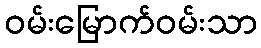
ဝမ်းမြောက်ဝမ်းသာ